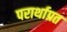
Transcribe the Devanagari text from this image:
परार्थाप्रत